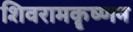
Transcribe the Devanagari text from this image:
शिवरामकॄष्णन